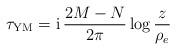
LaTeX: \begin{align*}\tau_{\rm YM} = {\rm i} \,\frac{2M-N}{2 \pi} \log \frac{z}{\rho_e} \end{align*}